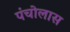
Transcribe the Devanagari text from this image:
पंचोलास